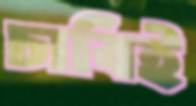
চাবিই